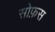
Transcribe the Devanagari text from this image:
सोफ़स